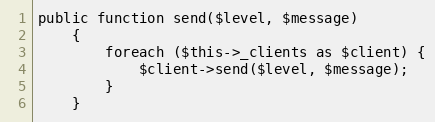
Language: PHP
public function send($level, $message)
    {
        foreach ($this->_clients as $client) {
            $client->send($level, $message);
        }
    }